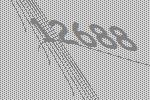
12688